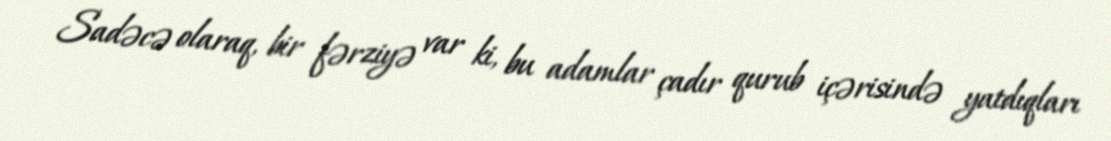
Sadəcə olaraq, bir fərziyə var ki, bu adamlar çadır qurub içərisində yatdıqları